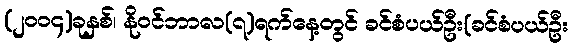
(၂၀၀၄)ခုနှစ်၊ နိုဝင်ဘာလ(၇)ရက်နေ့တွင် ခင်စံပယ်ဦး(ခင်စံပယ်ဦး